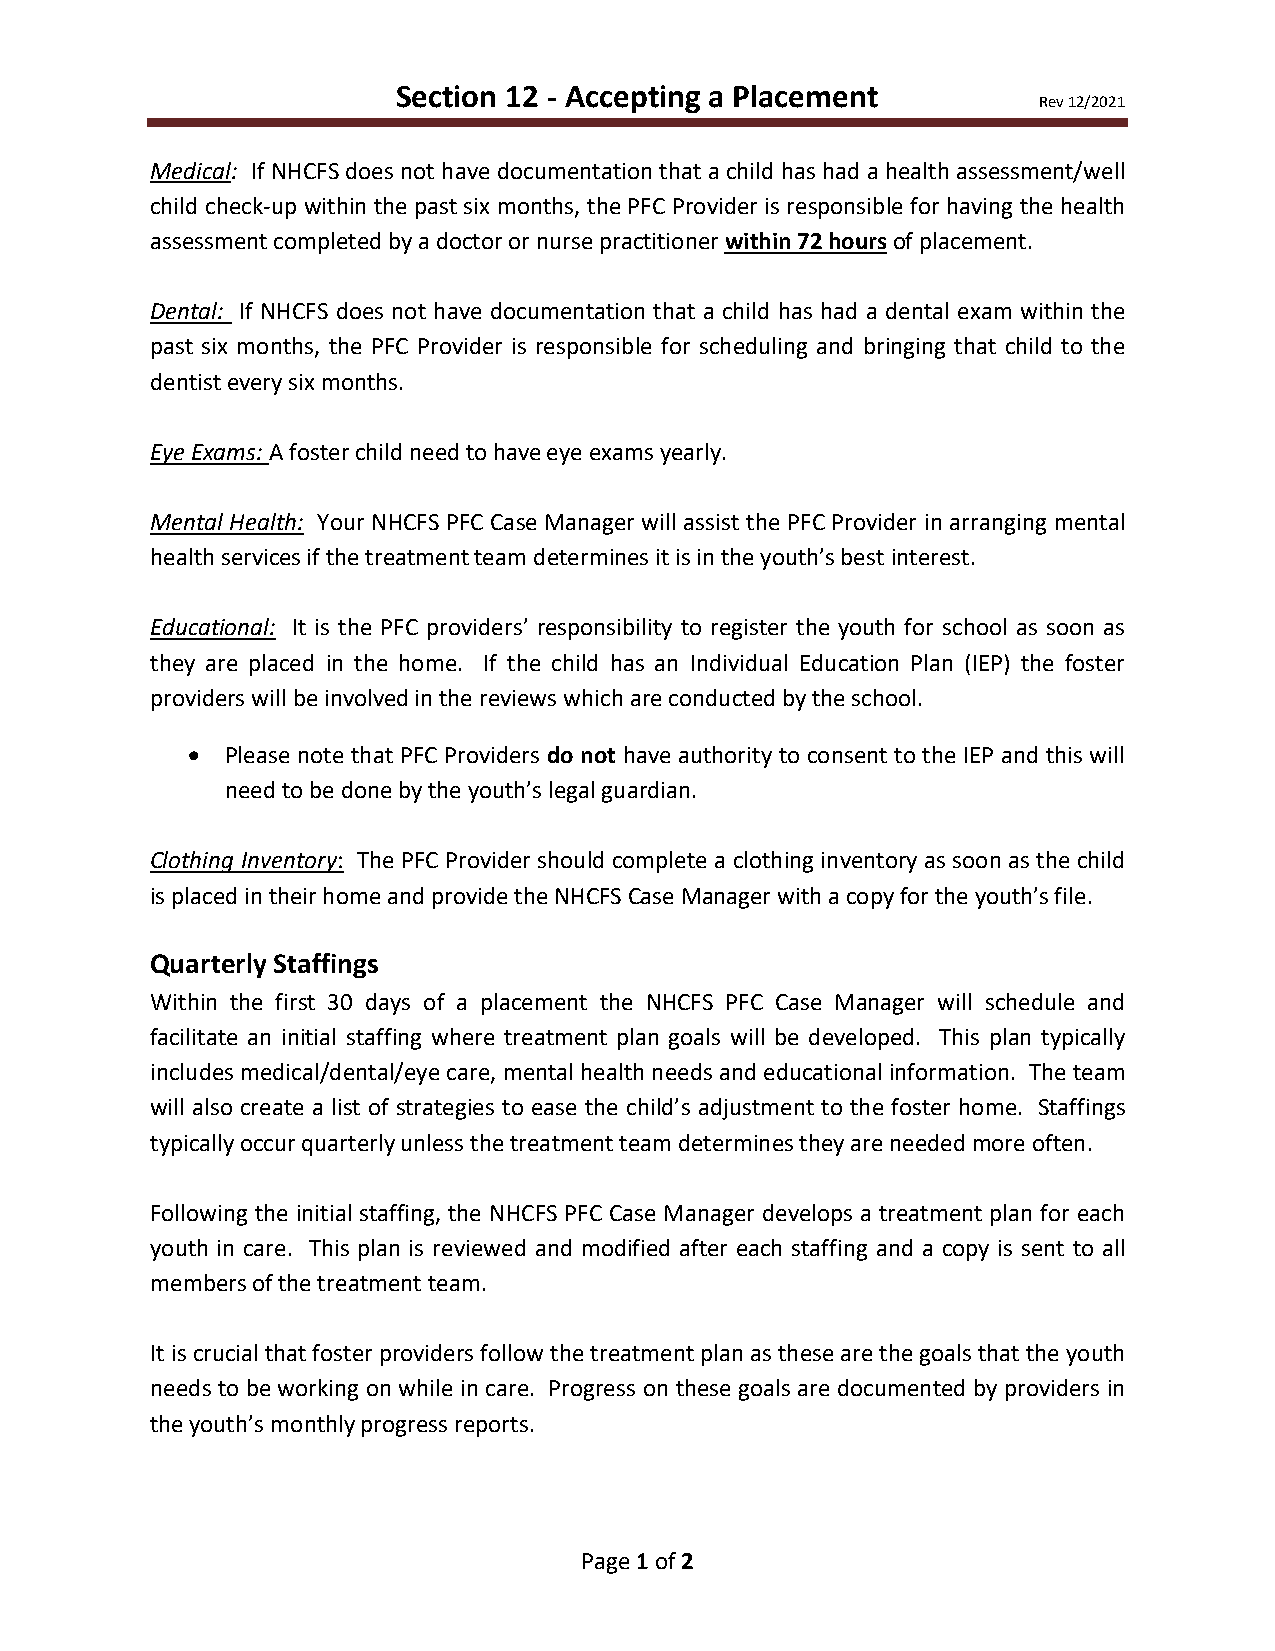
Section 12 - Accepting a Placement
 Rev 12/2021
 Medical: If NHCFS does not have documentation that a child has had a health assessment/well
 child check-up within the past six months, the PFC Provider is responsible for having the health
 assessment completed by a doctor or nurse practitioner within 72 hours of placement.
 Dental: If NHCFS does not have documentation that a child has had a dental exam within the
 past six months, the PFC Provider is responsible for scheduling and bringing that child to the
 dentist every six months.
 Eye Exams: A foster child need to have eye exams yearly.
 Mental Health: Your NHCFS PFC Case Manager will assist the PFC Provider in arranging mental
 health services if the treatment team determines it is in the youth’s best interest.
 Educational: It is the PFC providers’ responsibility to register the youth for school as soon as
 they are placed in the home. If the child has an Individual Education Plan (IEP) the foster
 providers will be involved in the reviews which are conducted by the school.
 •  Please note that PFC Providers do not have authority to consent to the IEP and this will
 need to be done by the youth’s legal guardian.
 Clothing Inventory: The PFC Provider should complete a clothing inventory as soon as the child
 is placed in their home and provide the NHCFS Case Manager with a copy for the youth’s file.
 Quarterly Staffings
 Within the first 30 days of a placement the NHCFS PFC Case Manager will schedule and
 facilitate an initial staffing where treatment plan goals will be developed. This plan typically
 includes medical/dental/eye care, mental health needs and educational information. The team
 will also create a list of strategies to ease the child’s adjustment to the foster home. Staffings
 typically occur quarterly unless the treatment team determines they are needed more often.
 Following the initial staffing, the NHCFS PFC Case Manager develops a treatment plan for each
 youth in care. This plan is reviewed and modified after each staffing and a copy is sent to all
 members of the treatment team.
 It is crucial that foster providers follow the treatment plan as these are the goals that the youth
 needs to be working on while in care. Progress on these goals are documented by providers in
 the youth’s monthly progress reports.
 Page 1 of 2